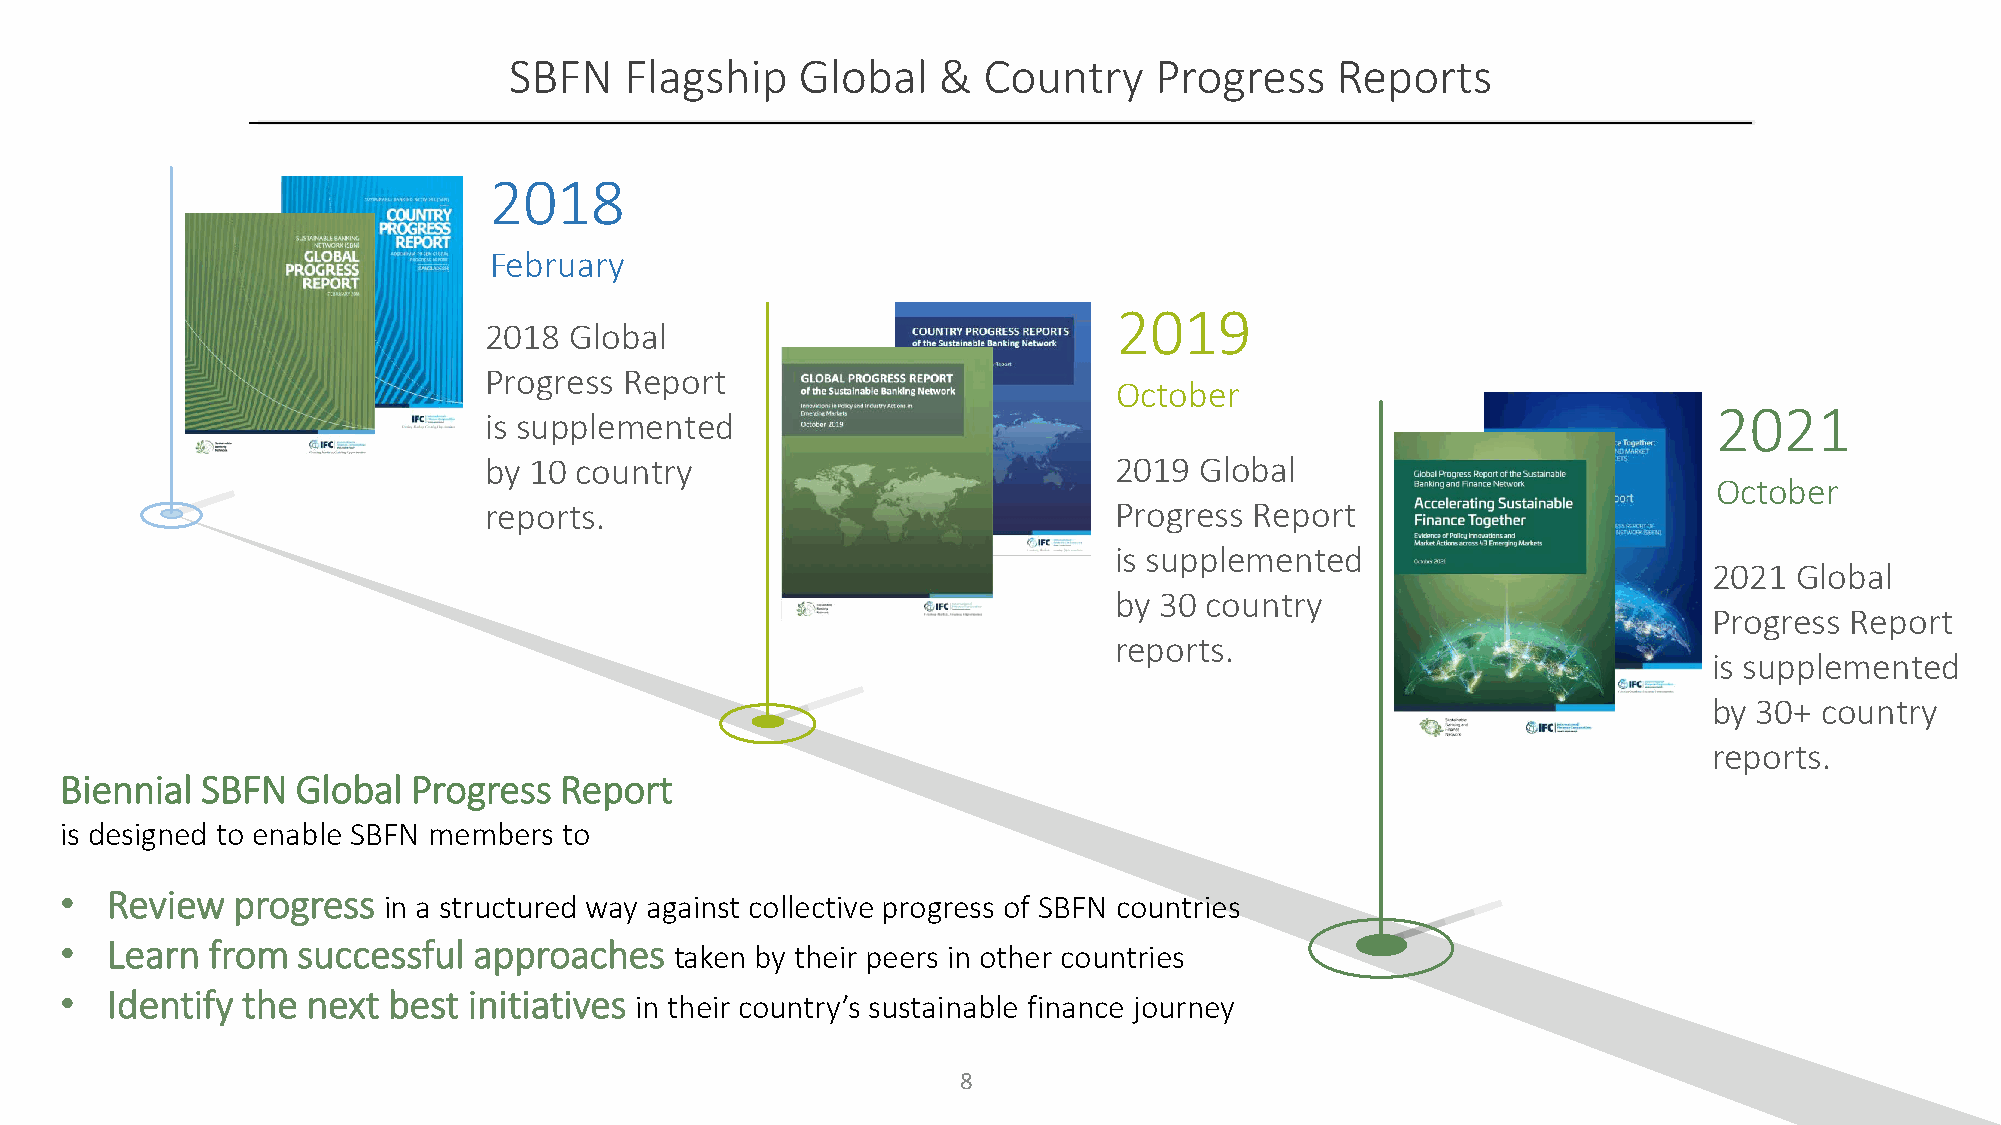
SBFN   Flagship    Global   &  Country    Progress    Reports
 2018
 February
 2019
 2018  Global
 Progress Report
 October
 2021
 is supplemented
 by 10 country                             2019 Global
 October
 reports.                                  Progress Report
 is supplemented
 2021  Global
 by 30 country
 Progress Report
 reports.
 is supplemented
 by 30+  country
 reports.
 Biennial SBFN   Global Progress  Report
 is designed to enable SBFN members to
 •  Review  progress
 in a structured way against collective progress of SBFN countries
 •  Learn  from  successful approaches
 taken by their peers in other countries
 •  Identify the next  best initiatives
 in their country’s sustainable finance journey
 8